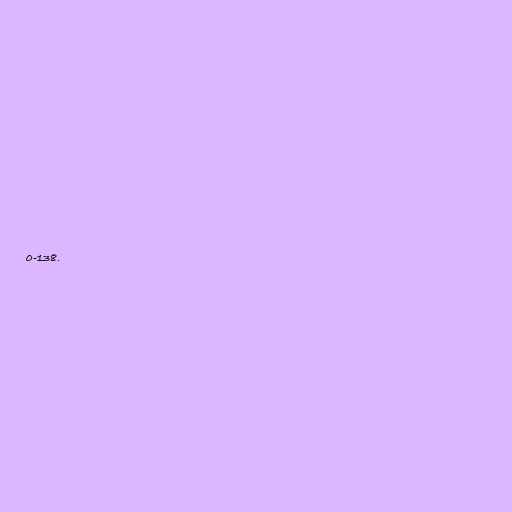
0-138.